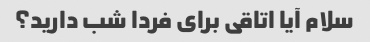
سلام آیا اتاقی برای فردا شب دارید؟